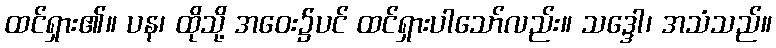
ထင်ရှား၏။ ပန၊ ထိုသို့ အဝေး၌ပင် ထင်ရှားပါသော်လည်း။ သဒ္ဒေါ၊ အသံသည်။